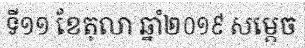
ទី១១ ខែតុលា ឆ្នាំ២០១៩ សម្តេច